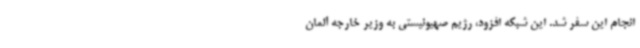
انجام این سفر شد. این شبکه افزود، رژیم صهیونیستی به وزیر خارجه آلمان